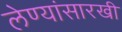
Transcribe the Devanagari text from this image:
लेण्यांसारखी